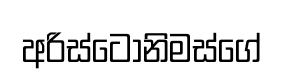
අරිස්ටෝනිමස්ගේ